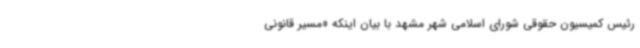
رئیس کمیسیون حقوقی شورای اسلامی شهر مشهد با بیان اینکه «مسیر قانونی